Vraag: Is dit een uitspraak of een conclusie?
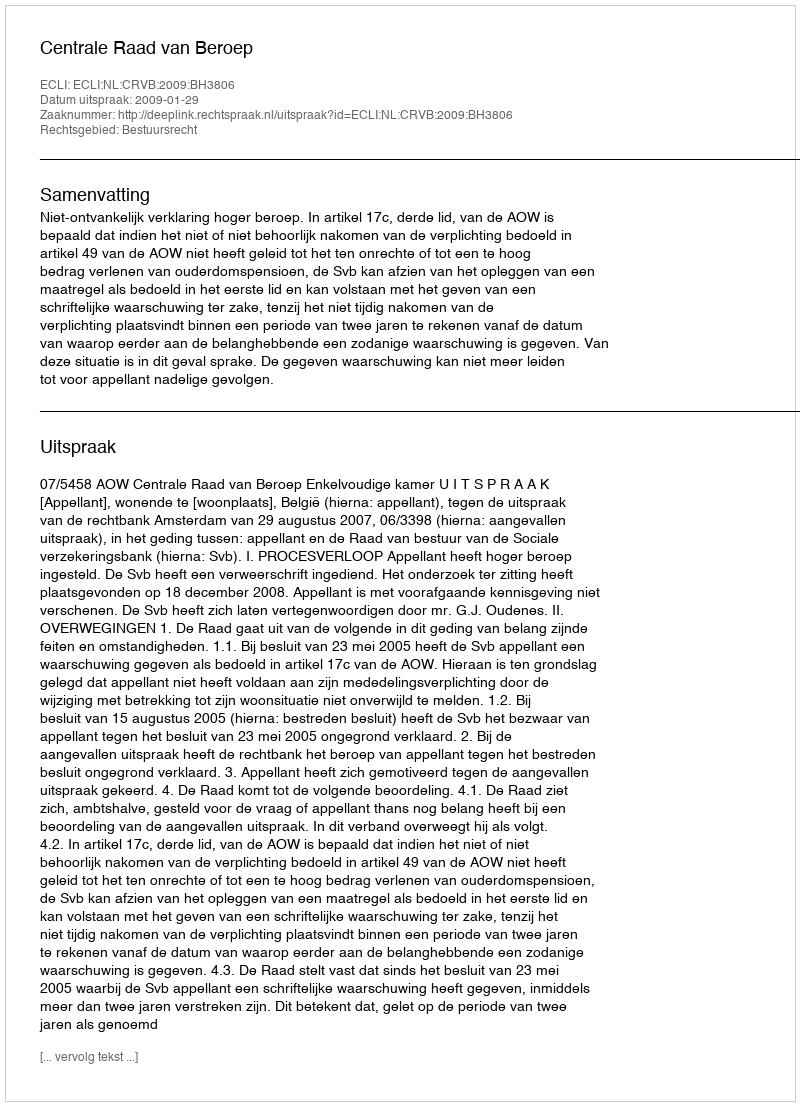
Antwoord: Uitspraak